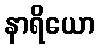
နာရိယော